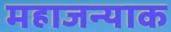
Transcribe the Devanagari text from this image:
महाजन्याक